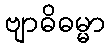
ဗျာဓိဓမ္မာ